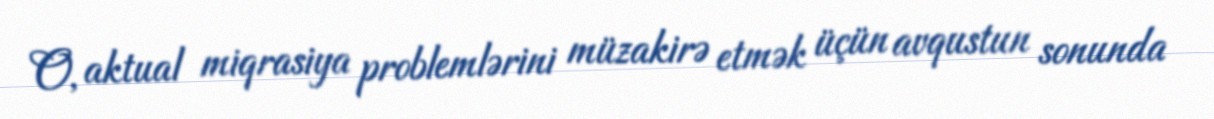
O, aktual miqrasiya problemlərini müzakirə etmək üçün avqustun sonunda